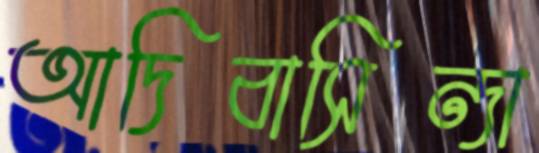
আদিবাসিন্দা